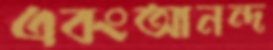
এবংআনন্দ